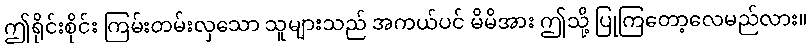
ဤရိုင်းစိုင်း ကြမ်းတမ်းလှသော သူများသည် အကယ်ပင် မိမိအား ဤသို့ ပြုကြတော့လေမည်လား။